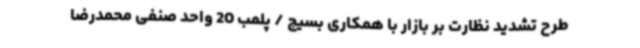
طرح تشدید نظارت بر بازار با همکاری بسیج / پلمب 20 واحد صنفی محمدرضا